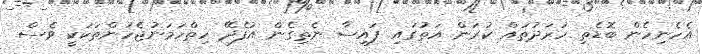
އެހެނިހެން ބޮޑެތި ހަރަދުތައް ކުރަން އަތުގައި ފައިސާ ނެތިގެން އުފެދޭ ހިތްހަމަނުޖެހުންތަކަކީ ވެސް